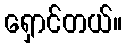
ရှောင်တယ်။